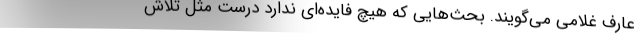
عارف غلامی می‌گویند. بحث‌هایی که هیچ فایده‌ای ندارد درست مثل تلاش